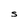
Character: s